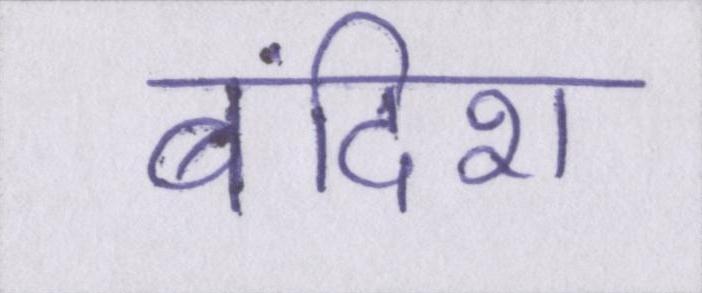
बंदिश